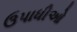
ઉપાધીઓ